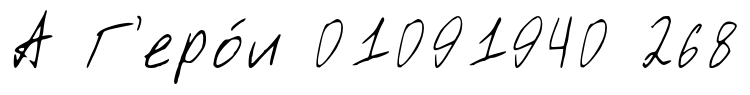
А Г'еро́и 01091940 268